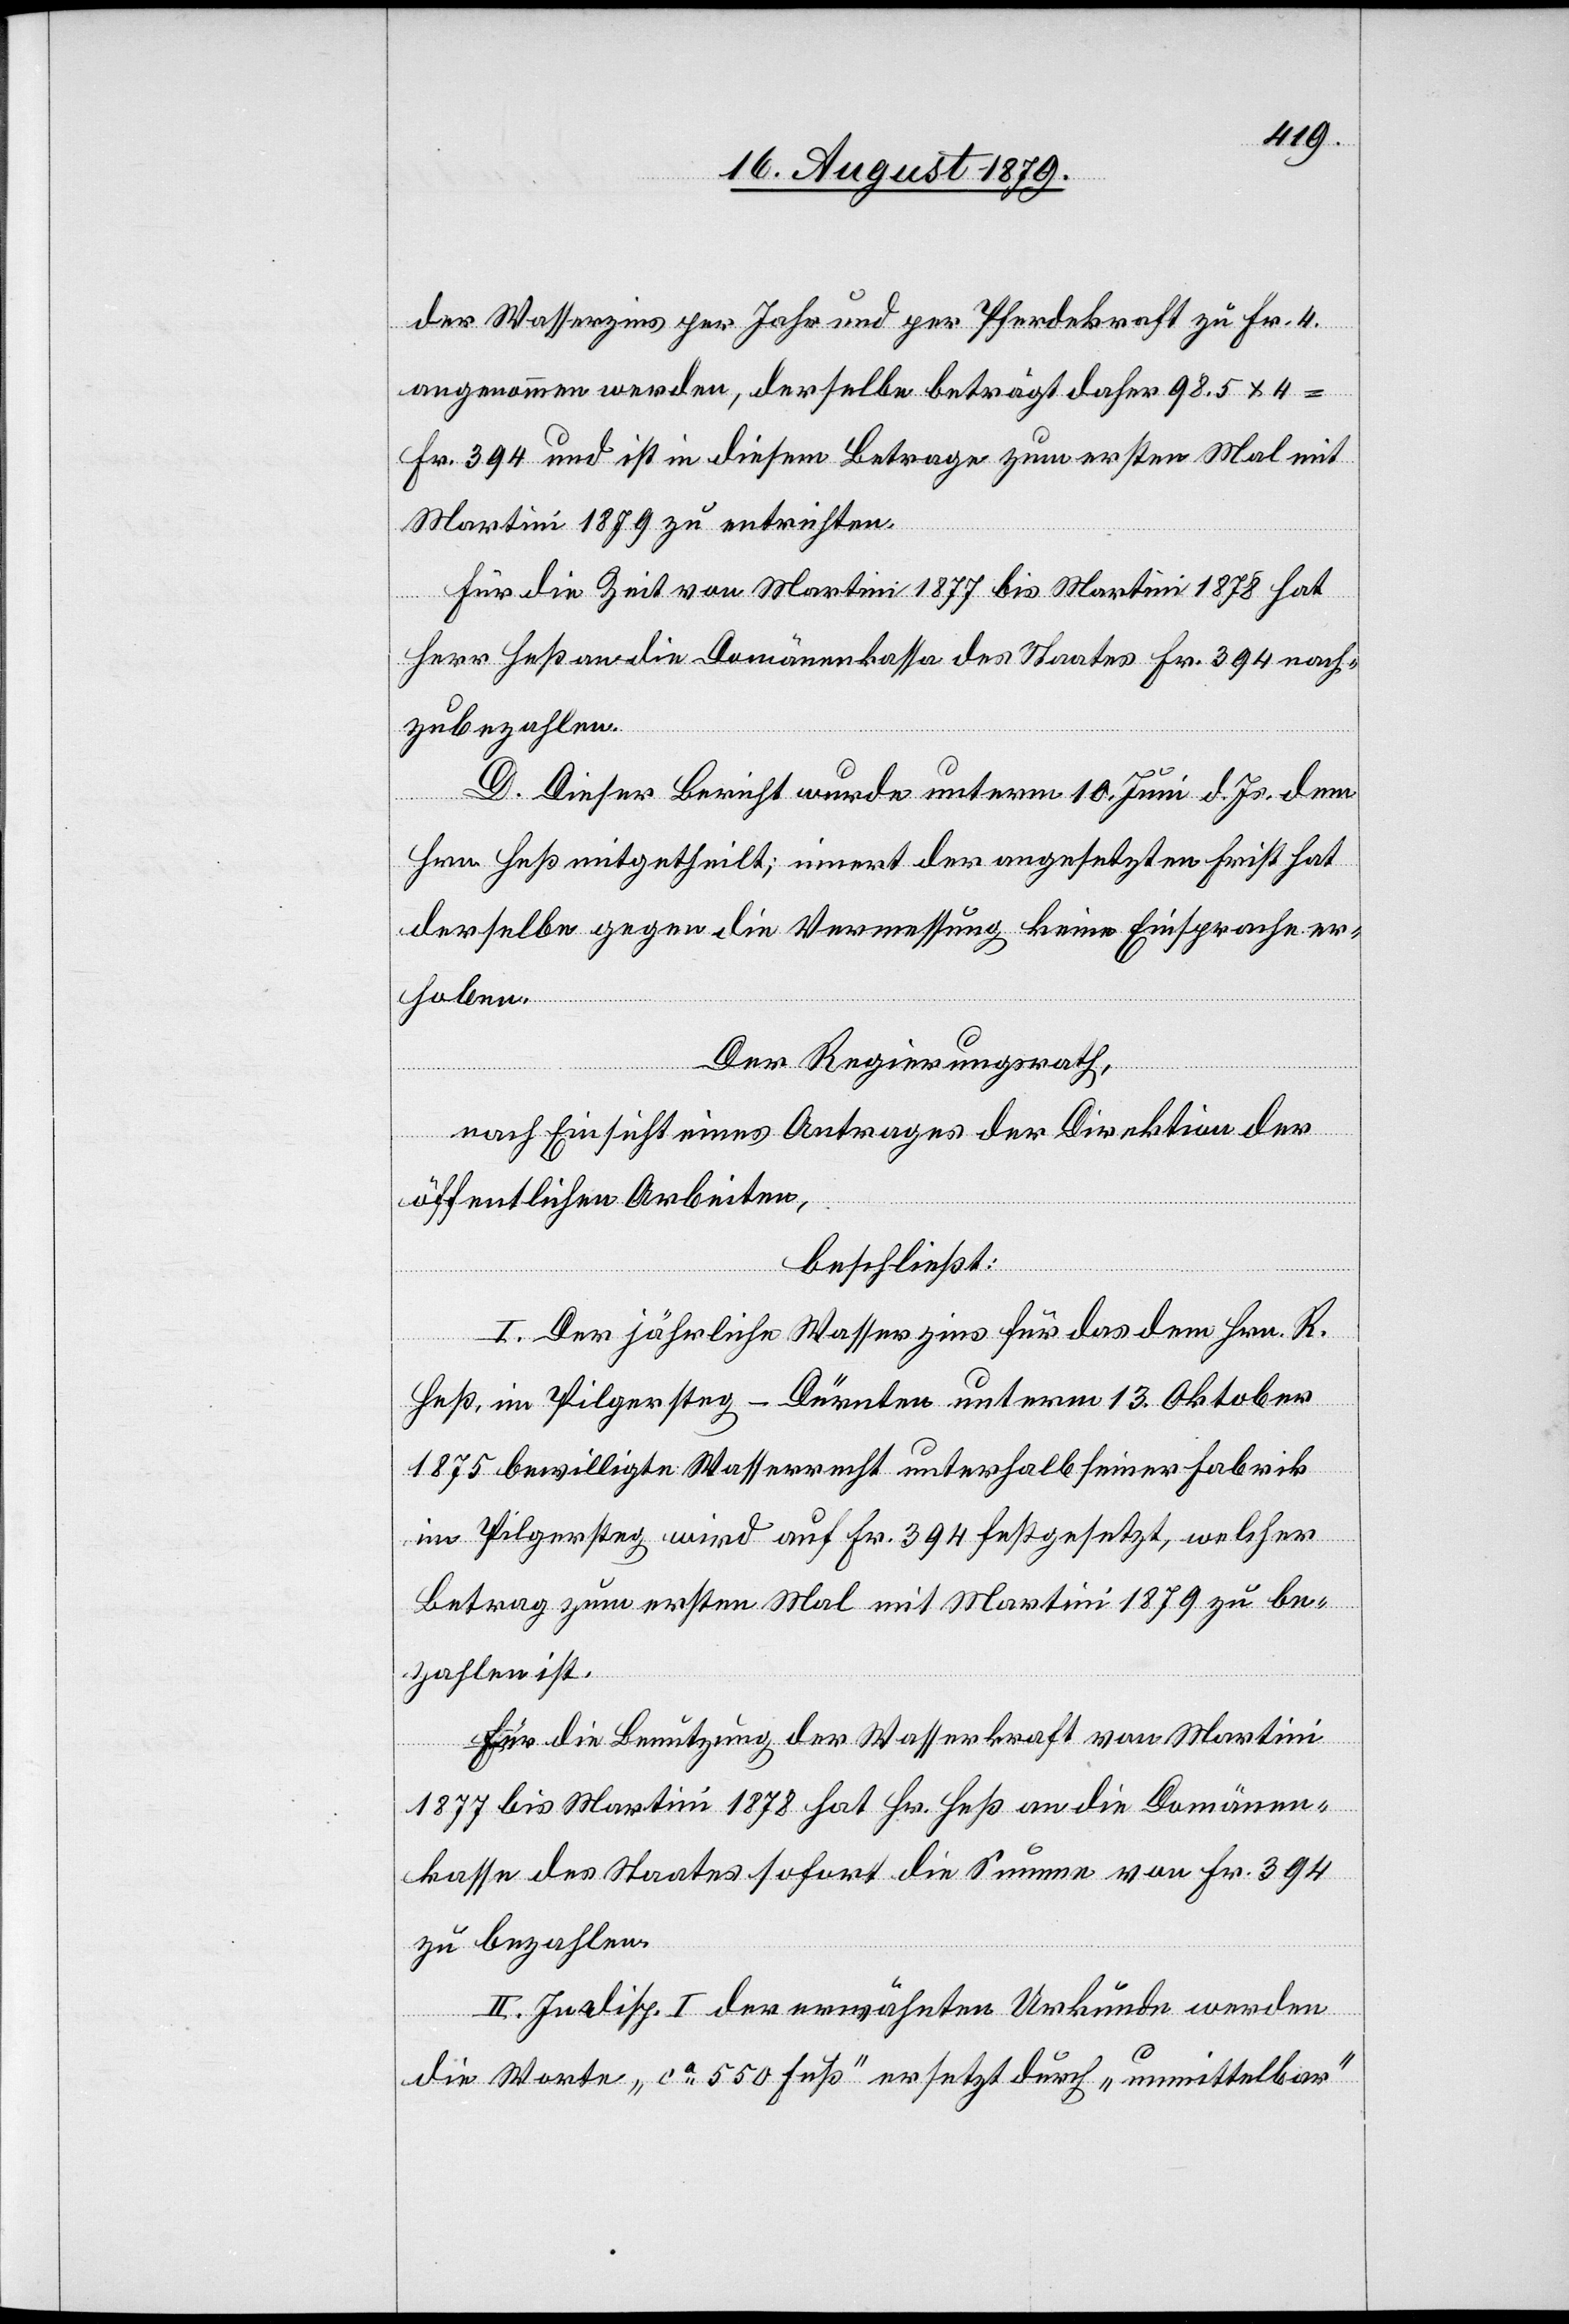
der Wasserzins per Jahr und per Pferdekraft zu Fr. 4
angenommen werden, derselbe beträgt daher 98.5 x 4
Fr. 394 und ist in diesem Betrage zum ersten Mal mit
Martini 1879 zu entrichten.
Für die Zeit von Martini 1877 bis Martini 1878 hat
Herr Heß an die Domänenkassa des Staates Fr. 394 nach¬
zubezahlen.
D. Dieser Bericht wurde unterm 10. Juni d. Js. dem
Hrn. Heß mitgetheilt; innert der angesetzten Frist hat
derselbe gegen die Vermessung keine Einsprache er¬
hoben.
Der Regierungsrath,
nach Einsicht eines Antrages der Direktion der
öffentlichen Arbeiten,
beschließt:
I. Der jährliche Wasserzins für das dem Hrn. R.
Heß, im Pilgersteg - Dürnten unterm 13. Oktober
1875 bewilligte Wasserrecht unterhalb seiner Fabrik
im Pilgersteg wird auf Fr. 394 festgesetzt, welcher
Betrag zum ersten Mal mit Martini 1879 zu be¬
zahlen ist.
Für die Benutzung der Wasserkraft von Martini
1877 bis Martini 1878 hat Hr. Heß an die Domänen¬
kasse des Staates sofort die Summe von Fr. 394
zu bezahlen.
II. In alisp. I der erwähnten Urkunde werden
die Worte „ca 550 Fuß“ ersetzt durch „unmittelbar“